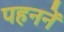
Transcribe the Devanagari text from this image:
पहननें